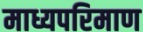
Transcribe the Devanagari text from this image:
माध्यपरिमाण